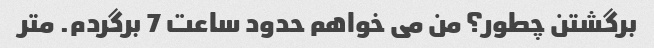
برگشتن چطور؟ من می خواهم حدود ساعت 7 برگردم. متر